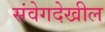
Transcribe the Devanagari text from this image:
संवेगदेखील